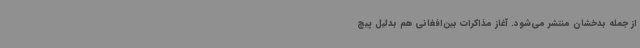
از جمله بدخشان منتشر می‌شود. آغاز مذاکرات بین‌افغانی هم بدلیل پیچ